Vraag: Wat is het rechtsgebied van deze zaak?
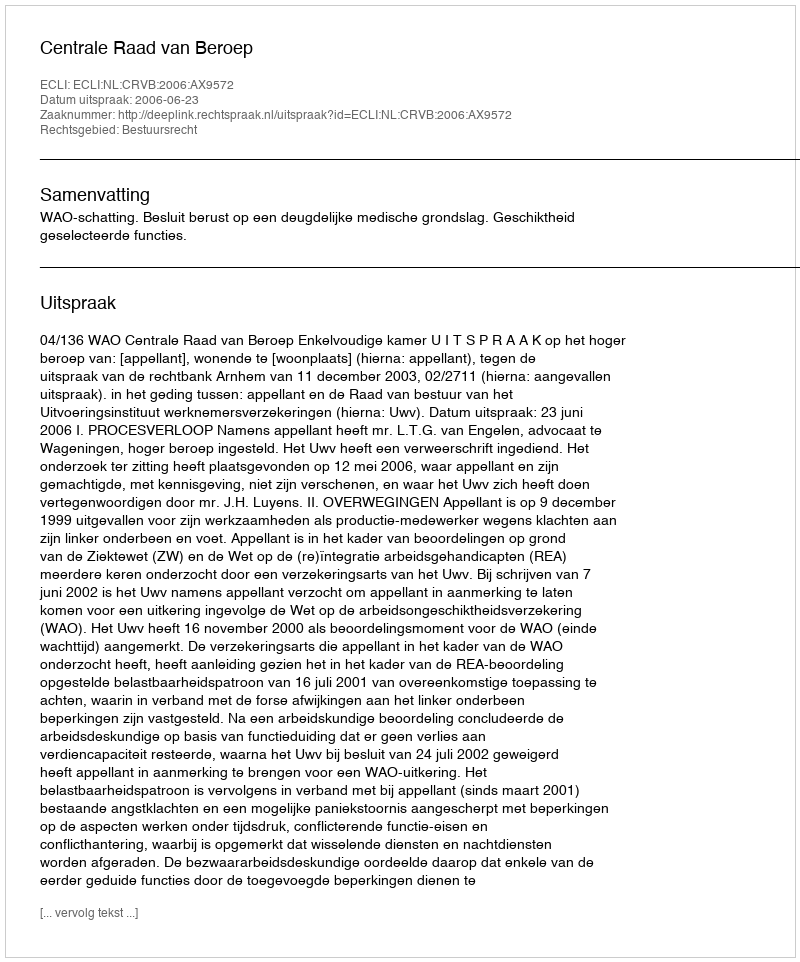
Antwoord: Bestuursrecht